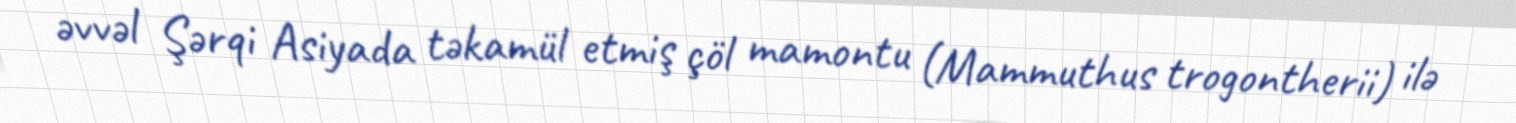
əvvəl Şərqi Asiyada təkamül etmiş çöl mamontu (Mammuthus trogontherii) ilə